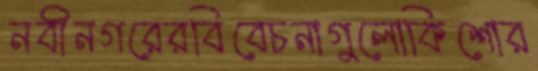
নবীনগরেরবিবেচনাগুলোকিশোর